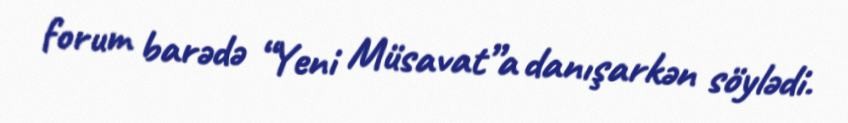
forum barədə “Yeni Müsavat”a danışarkən söylədi.